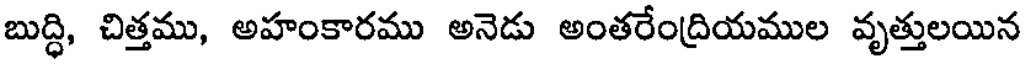
బుద్ధి, చిత్తము, అహంకారము అనెడు అంతరేంద్రియముల వృత్తులయిన